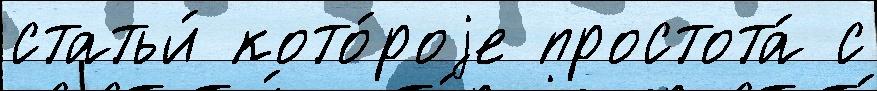
статьи́ кото́роjе простота́ с